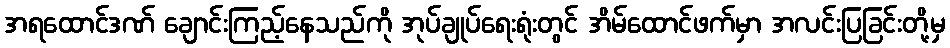
အရထောင်ဒဏ် ချောင်းကြည့်နေသည်ကို အုပ်ချုပ်ရေးရုံးတွင် အိမ်ထောင်ဖက်မှာ အလင်းပြခြင်းတို့မှ